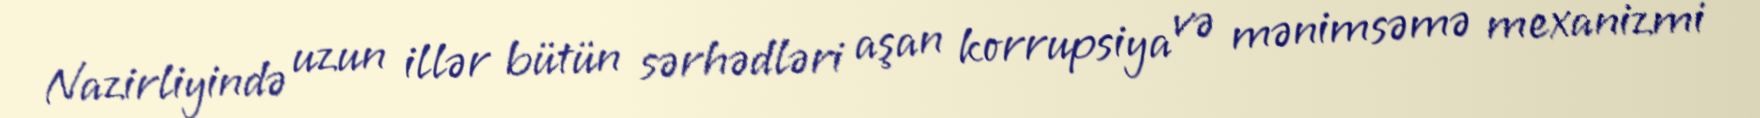
Nazirliyində uzun illər bütün sərhədləri aşan korrupsiya və mənimsəmə mexanizmi